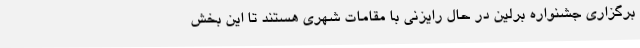
برگزاری جشنواره برلین در حال رایزنی با مقامات شهری هستند تا این بخش